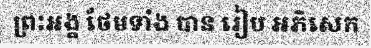
ព្រះអង្គ ថែមទាំង បាន រៀប អភិសេក